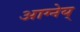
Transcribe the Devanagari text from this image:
आग्नेय्